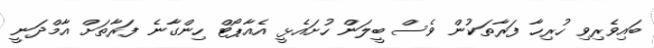
ބައިވެރިވި ހުރިހާ ފަރާތަކުން ވެސް ބީލަން ހުށައެޅީ އެއާޕޯޓް ހިންގާނެ ފަރާތަށް އާމްދަނީ